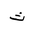
Letter: _tha